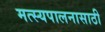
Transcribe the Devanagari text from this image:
मत्‍स्यपालनासाठी